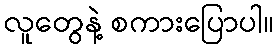
လူတွေနဲ့ စကားပြောပါ။